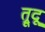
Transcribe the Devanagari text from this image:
त्रूदू